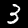
Digit: 3